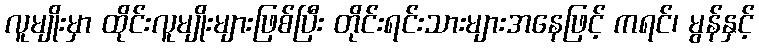
လူမျိုးမှာ ထိုင်းလူမျိုးများဖြစ်ပြီး တိုင်းရင်းသားများအနေဖြင့် ကရင်၊ မွန်နှင့်